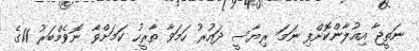
ނަތީޖާ އިއުލާންކޮށްފި ނަމަ ރިޔާސީ ދައުރު ހަމަވާ ތާރީހު ކަމަށްވާ ނޮވެމްބަރު 11ގެ